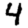
Digit: 4